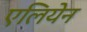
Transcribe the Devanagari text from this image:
एलियेन